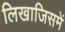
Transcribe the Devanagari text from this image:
लिखाजिसमें